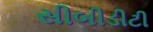
સીબીડીટી